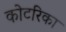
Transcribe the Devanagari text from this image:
कोटरिका